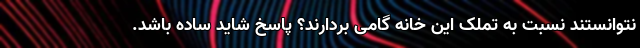
نتوانستند نسبت به تملک این خانه گامی بردارند؟ پاسخ شاید ساده باشد.